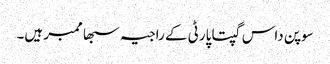
سوپن داس گپتا پارٹی کے راجیہ سبھا ممبر ہیں۔